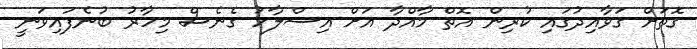
ގޮތަށް ގަވާއިދުގައި ކުރިން އޮތް މާއްދާ އަށް އިސްލާހު ގެނެސް މިހާރު ބުނެފައިވަނީ